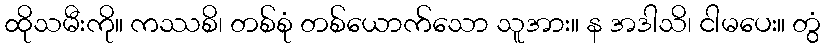
ထိုသမီးကို။ ကဿစိ၊ တစ်စုံ တစ်ယောက်သော သူအား။ န အဒါသိ၊ ငါမပေး။ တွံ